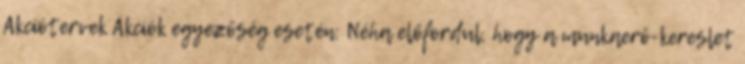
Akciótervek Akciók egyezőség esetén: Néha előfordul, hogy a munkaerő-kereslet